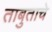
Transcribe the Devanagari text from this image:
ताबुताचे